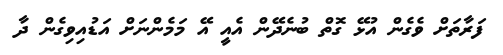
ފަރާތަށް ވެގެން އުޅޭ ގޮތް ބުނެދޭން އެއީ އޭ މަމެންނަށް އަޑުއިވިގެން ދާ